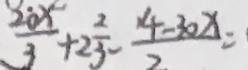
\frac { 2 0 x } { 3 } + 2 \frac { 2 } { 3 } - \frac { 4 - 3 0 x } { 2 } =